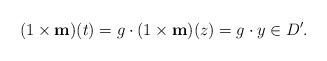
LaTeX: \begin{align*}(1\times \mathbf{m}) (t) = g\cdot (1\times \mathbf{m})(z) = g\cdot y \in D'.\end{align*}